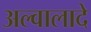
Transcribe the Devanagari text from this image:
अल्वालादे